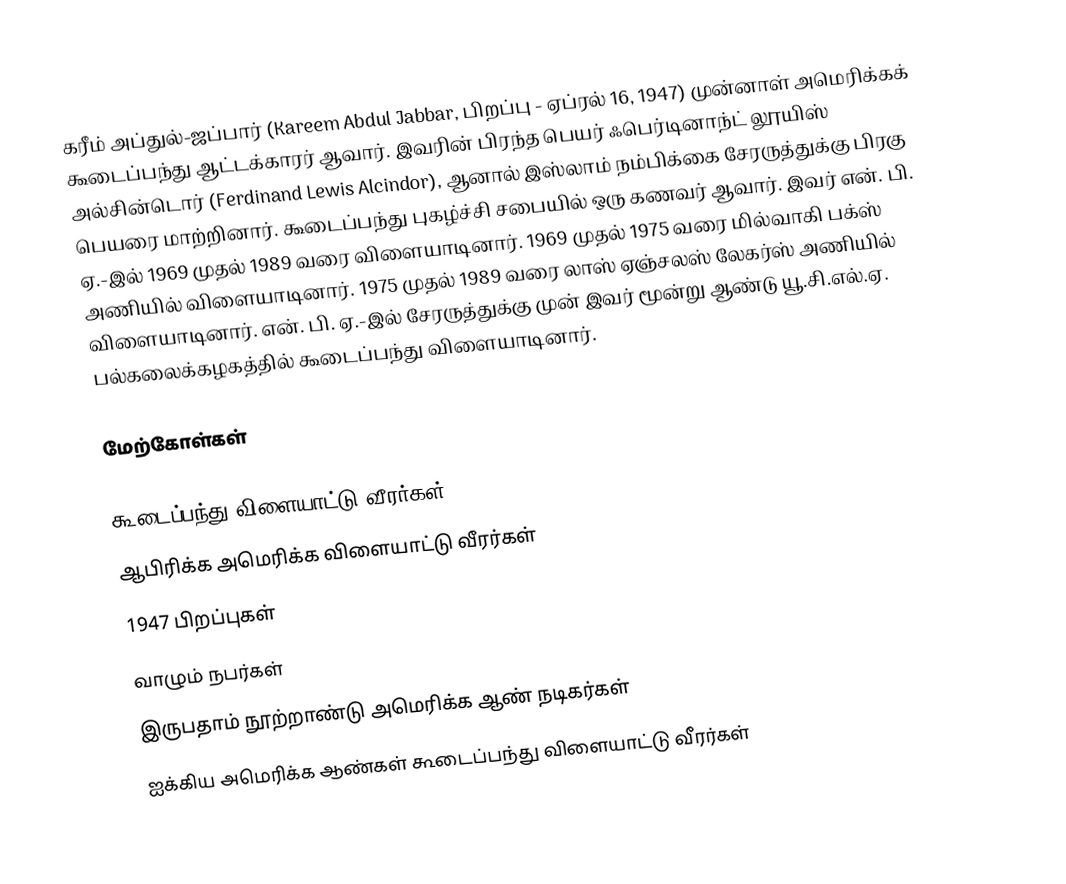
கரீம் அப்துல்-ஜப்பார் (Kareem Abdul Jabbar, பிறப்பு - ஏப்ரல் 16, 1947) முன்னாள் அமெரிக்கக் கூடைப்பந்து ஆட்டக்காரர் ஆவார். இவரின் பிரந்த பெயர் ஃபெர்டினாந்ட் லூயிஸ் அல்சின்டொர் (Ferdinand Lewis Alcindor), ஆனால் இஸ்லாம் நம்பிக்கை சேரருத்துக்கு பிரகு பெயரை மாற்றினார். கூடைப்பந்து புகழ்ச்சி சபையில் ஒரு கணவர் ஆவார். இவர் என். பி. ஏ.-இல் 1969 முதல் 1989 வரை விளையாடினார். 1969 முதல் 1975 வரை மில்வாகி பக்ஸ் அணியில் விளையாடினார். 1975 முதல் 1989 வரை லாஸ் ஏஞ்சலஸ் லேகர்ஸ் அணியில் விளையாடினார். என். பி. ஏ.-இல் சேரருத்துக்கு முன் இவர் மூன்று ஆண்டு யூ.சி.எல்.ஏ. பல்கலைக்கழகத்தில் கூடைப்பந்து விளையாடினார்.

மேற்கோள்கள்

கூடைப்பந்து விளையாட்டு வீரர்கள்
ஆபிரிக்க அமெரிக்க விளையாட்டு வீரர்கள்
1947 பிறப்புகள்
வாழும் நபர்கள்
இருபதாம் நூற்றாண்டு அமெரிக்க ஆண் நடிகர்கள்
ஐக்கிய அமெரிக்க ஆண்கள் கூடைப்பந்து விளையாட்டு வீரர்கள்